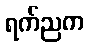
ရက်ညက